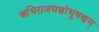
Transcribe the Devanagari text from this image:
अभिराजयशोभूषणम्